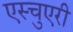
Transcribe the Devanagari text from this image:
एस्चुएरी